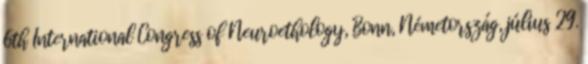
6th International Congress of Neuroethology, Bonn, Németország, július 29.